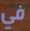
في